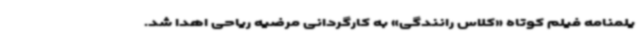
یلمنامه فیلم کوتاه «کلاس رانندگی» به کارگردانی مرضیه ریاحی اهدا شد.